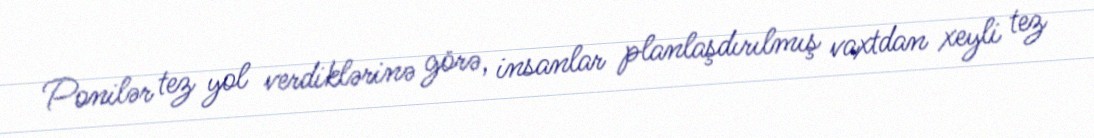
Ponilər tez yol verdiklərinə görə, insanlar planlaşdırılmış vaxtdan xeyli tez